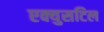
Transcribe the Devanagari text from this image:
एक्युसटिल